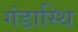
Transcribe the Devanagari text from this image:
गंडास्थि